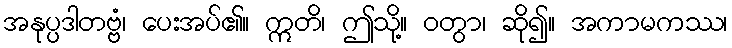
အနုပ္ပဒါတဗ္ဗံ၊ ပေးအပ်၏။ ဣတိ၊ ဤသို့။ ဝတွာ၊ ဆို၍။ အကာမကဿ၊